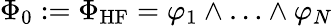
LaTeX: \Phi_{0}:=\Phi_{\mathrm{HF}}=\varphi_{1}\wedge\ldots\wedge\varphi_{N}